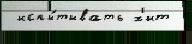
 испы́тывать х'ит